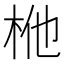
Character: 𭩬